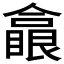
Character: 𠐗